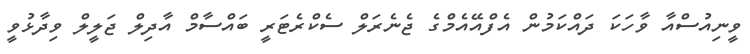
ވީނިއުސްއާ ވާހަކަ ދައްކަމުން އެފްއޭއެމްގެ ޖެނެރަލް ސެކްރެޓަރީ ބައްސާމް އާދިލް ޖަލީލް ވިދާޅުވީ